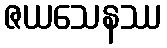
ဇယသေနဿ